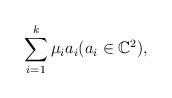
LaTeX: \begin{align*}\sum _{i=1}^k \mu _i a_i(a_i\in \mathbb C^2),\end{align*}